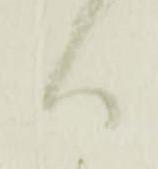
ハ